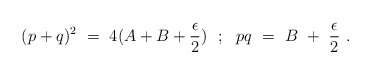
\begin{align*}(p+q)^{2}~=~4(A+B+ \frac{\epsilon}{2})~~;~~pq~=~B~+~\frac{\epsilon}{2}~.\end{align*}